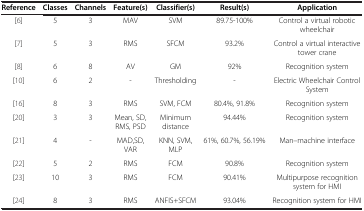
| Reference | Classes | Channels | Feature(s) | Classifier(s) | Result(s) | Application |
 | --- | --- | --- | --- | --- | --- | --- |
 | [6] | 5 | 3 | MAV | SVM | 89.75-100% | Control a virtual robotic wheelchair |
 | [7] | 5 | 3 | RMS | SFCM | 93.2% | Control a virtual interactive tower crane |
 | [8] | 6 | 8 | AV | GM | 92% | Recognition system |
 | [10] | 6 | 2 | - | Thresholding | - | Electric Wheelchair Control System |
 | [16] | 8 | 3 | RMS | SVM, FCM | 80.4%, 91.8% | Recognition system |
 | [20] | 3 | 3 | Mean, SD, RMS, PSD | Minimum distance | 94.44% | Recognition system |
 | [21] | 4 | - | MAD,SD, VAR | KNN, SVM, MLP | 61%, 60.7%, 56.19% | Man–machine interface |
 | [22] | 5 | 2 | RMS | FCM | 90.8% | Recognition system |
 | [23] | 10 | 3 | RMS | FCM | 90.41% | Multipurpose recognition system for HMI |
 | [24] | 8 | 3 | RMS | ANFIS+SFCM | 93.04% | Recognition system for HMI |